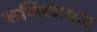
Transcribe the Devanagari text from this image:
कणिकावाद